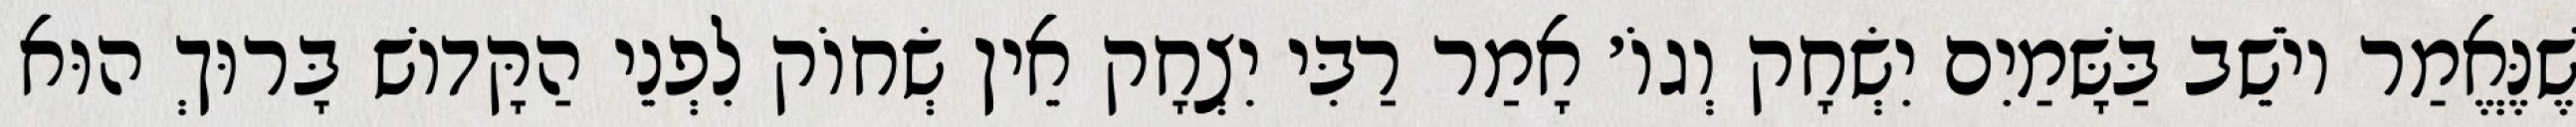
שֶׁנֶּאֱמַר יוֹשֵׁב בַּשָּׁמַיִם יִשְׂחָק וְגוֹ׳ אָמַר רַבִּי יִצְחָק אֵין שְׂחוֹק לִפְנֵי הַקָּדוֹשׁ בָּרוּךְ הוּא